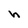
Character: h